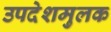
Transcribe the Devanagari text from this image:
उपदेशमुलक